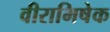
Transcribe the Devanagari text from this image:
वीराभिषेक